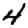
Digit: 4